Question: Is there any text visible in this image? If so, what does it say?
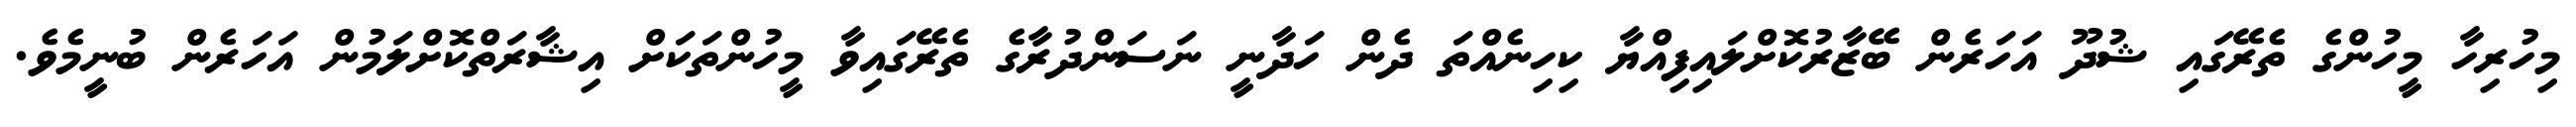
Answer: މިހުރިހާ މީހުންގެ ތެރޭގައި ޝުދޫ އަހަރެން ބޭޒާރުކޮށްލައިފިއްޔާ ކިހިނެއްތަ ދެން ހަދާނީ ނަސަންދުރާގެ ތެރޭގައިވާ މީހުންތަކަށް އިޝާރަތްކޮށްލަމުން އަހަރެން ބުނީމެވެ.